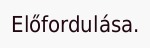
Előfordulása.